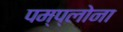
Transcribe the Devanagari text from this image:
पम्प्लोना